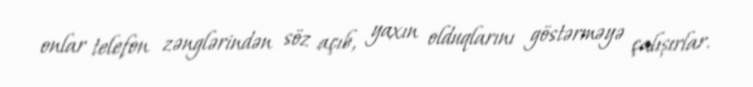
onlar telefon zənglərindən söz açıb, yaxın olduqlarını göstərməyə çalışırlar.